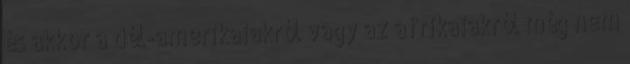
és akkor a dél-amerikaiakról vagy az afrikaiakról még nem